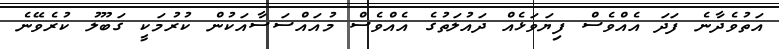
އަތުވެދާނެ ފަދަ އެއްވެސް ފިޔަވަޅެއް ދައުލަތުގެ އެއްވެސް މުއައްސަސާއަކުން ކުރުމަކީ ގަބޫލު ކުރެވޭނެ